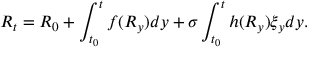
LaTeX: R _ { t } = R _ { 0 } + \int _ { t _ { 0 } } ^ { t } f ( R _ { y } ) d y + \sigma \int _ { t _ { 0 } } ^ { t } h ( R _ { y } ) \xi _ { y } d y .